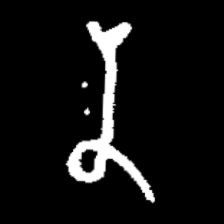
Pyu character \u2014 Myanmar letter: န (romanized: na)